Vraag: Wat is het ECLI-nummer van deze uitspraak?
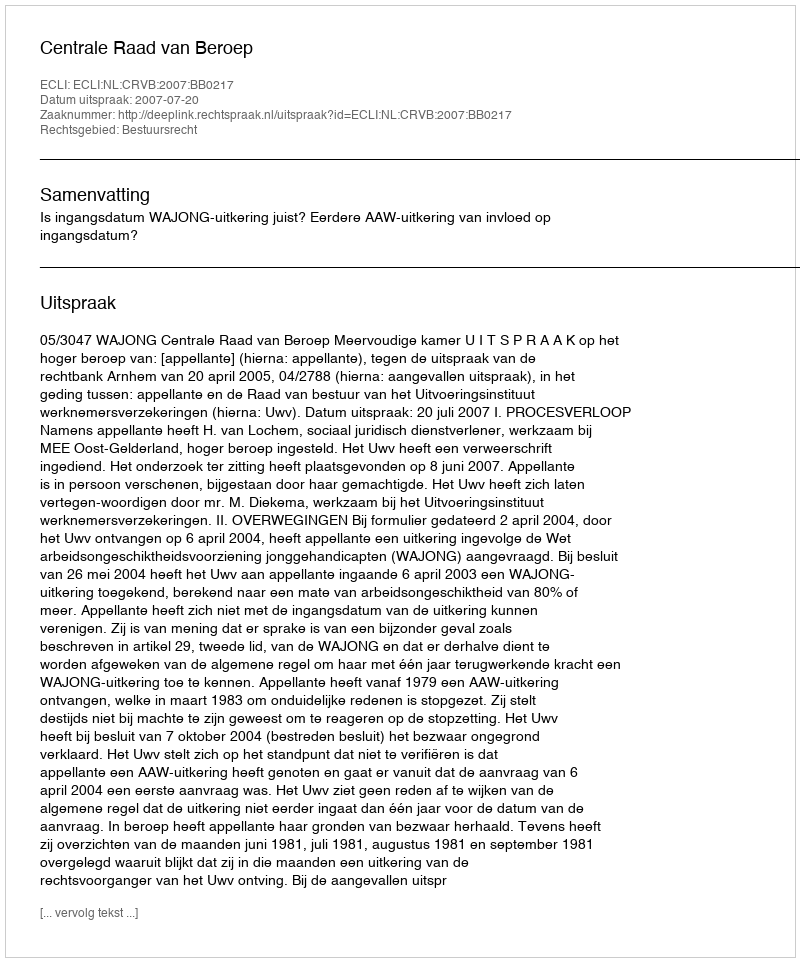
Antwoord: ECLI:NL:CRVB:2007:BB0217